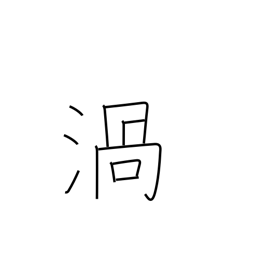
Meaning: vortex